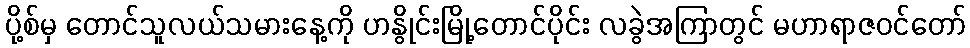
ပို့စ်မှ တောင်သူလယ်သမားနေ့ကို ဟနွိုင်းမြို့တောင်ပိုင်း လခွဲအကြာတွင် မဟာရာဇဝင်တော်